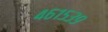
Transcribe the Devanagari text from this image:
४६१५३९